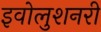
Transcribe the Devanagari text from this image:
इवोलुशनरी